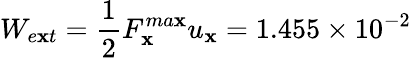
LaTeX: W_{e\mathbf{x}t}=\frac{1}{2}F_{\mathbf{x}}^{ma\mathbf{x}}u_{\mathbf{x}}=1.455\times10^{-2}